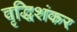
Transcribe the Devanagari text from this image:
वृद्धिशंकर